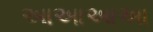
આઆઆઆ